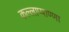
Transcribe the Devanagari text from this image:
कल्लाप्पाण्णा